Malaria in India - Number 2
Disease focus: Malaria
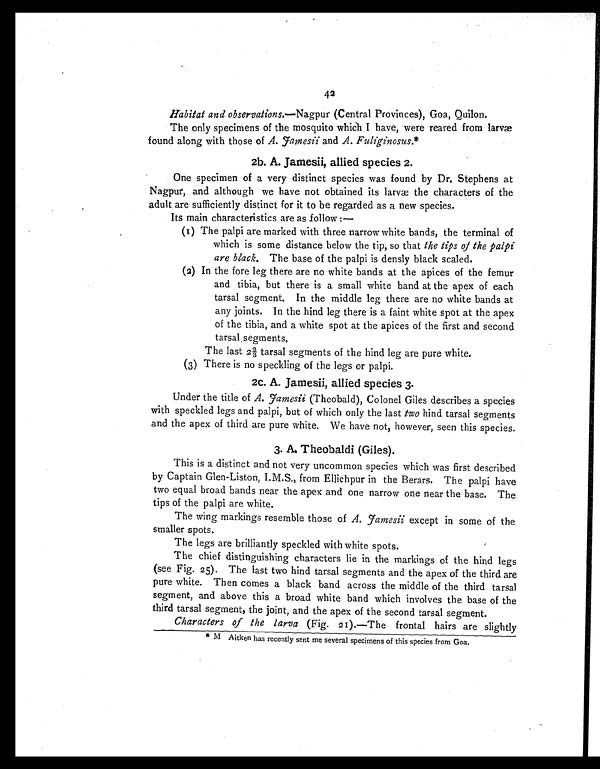
42
Habitat and observations.—Nagpur (Central Provinces), Goa, Quilon.
The only specimens of the mosquito which I have, were reared from larvæ
found along with those of A. Jamesii and A. Fuliginosus.*
2b. A. Jamesii, allied species 2.
One specimen of a very distinct species was found by Dr. Stephens at
Nagpur, and although we have not obtained its larvæ the characters of the
adult are sufficiently distinct for it to be regarded as a new species.
Its main characteristics are as follow :-
(1) The palpi are marked with three narrow white bands, the terminal of
which is some distance below the tip, so that the tips of the palpi
are black. The base of the palpi is densly black scaled.
(2) In the fore leg there are no white bands at the apices of the femur
and tibia, but there is a small white band at the apex of each
tarsal segment. In the middle leg there are no white bands at
any joints. In the hind leg there is a faint white spot at the apex
of the tibia, and a white spot at the apices of the first and second
tarsal . segments.
The last 2⅔ tarsal segments of the hind leg are pure white.
(3) There is no speckling of the legs or palpi.
2C. A. Jamesii, allied species 3.
Under the title of A. Jamesii (Theobald), Colonel Giles describes a species
with speckled legs and palpi, but of which only the last two hind tarsal segments
and the apex of third are pure white. We have not, however, seen this species.
3. A. Theobaldi (Giles).
This is a distinct and not very uncommon species which was first described
by Captain Glen-Liston, I.M.S., from Ellichpur in the Berars. The palpi have
two equal broad bands near the apex and one narrow one near the base. The
tips of the palpi are white.
The wing markings resemble those of A. Jamesii except in some of the
smaller spots.
The legs are brilliantly speckled with white spots.
The chief distinguishing characters lie in the markings of the hind legs
(see Fig. 25). The last two hind tarsal segments and the apex of the third are
pure white. Then comes a black band across the middle of the third tarsal
segment, and above this a broad white band which involves the base of the
third tarsal segment, the joint, and the apex of the second tarsal segment.
Characters of the larva (Fig. 21).—The frontal hairs are slightly
M Aitken has recently sent me several specimens of this species from Goa.